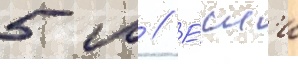
5 м // Е́сл'и